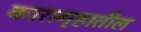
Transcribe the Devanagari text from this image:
कारागृहातील